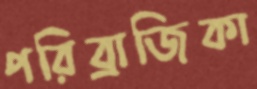
পরিব্রাজিকা